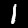
Digit: 1